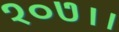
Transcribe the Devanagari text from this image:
१०७।।